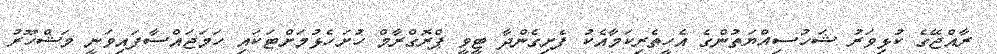
ރާއްޖޭގެ ކުޅިވަރު ޝަހުސިއްޔަތުންގެ އެހީތެރިކަމާއެކު ފެށިގެންދާ ޓީވީ ޕްރޮގްރާމް ހުށަހެޅުމަށްޓަކައި ހަމަޖައްސާފައިވަނީ މަޝްހޫރު